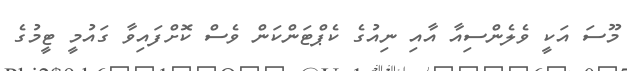
މޫސަ އަކީ ވެލެންސިއާ އާއި ނިއުގެ ކެޕްޓަންކަން ވެސް ކޮށްފައިވާ ގައުމީ ޓީމުގެ